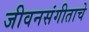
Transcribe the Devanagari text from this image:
जीवनसंगीताचे